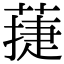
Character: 蓵